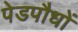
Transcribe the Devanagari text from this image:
पेडपौधों